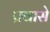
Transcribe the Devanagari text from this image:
प्रवासे